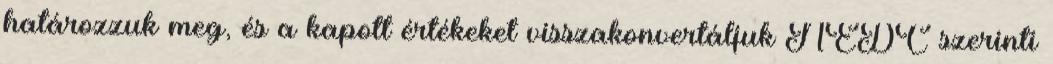
határozzuk meg, és a kapott értékeket visszakonvertáljuk NEDC szerinti